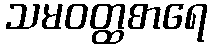
သမဝတ္ထစာရေ